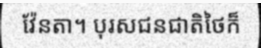
វ៉ែនតា។ បុរសជនជាតិថៃក៏